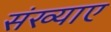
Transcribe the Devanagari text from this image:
संख्याए